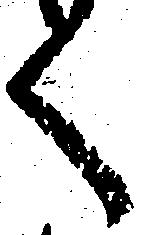
く